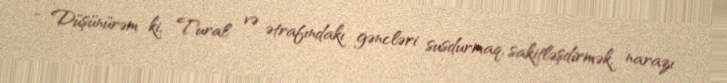
- Düşünürəm ki, Tural və ətrafındakı gəncləri susdurmaq, sakitləşdirmək, narazı